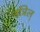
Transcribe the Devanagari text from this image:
नञिल्